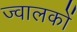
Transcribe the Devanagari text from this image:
ज्वालकों